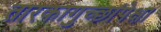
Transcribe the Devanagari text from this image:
तारकागुच्छांपेक्षा